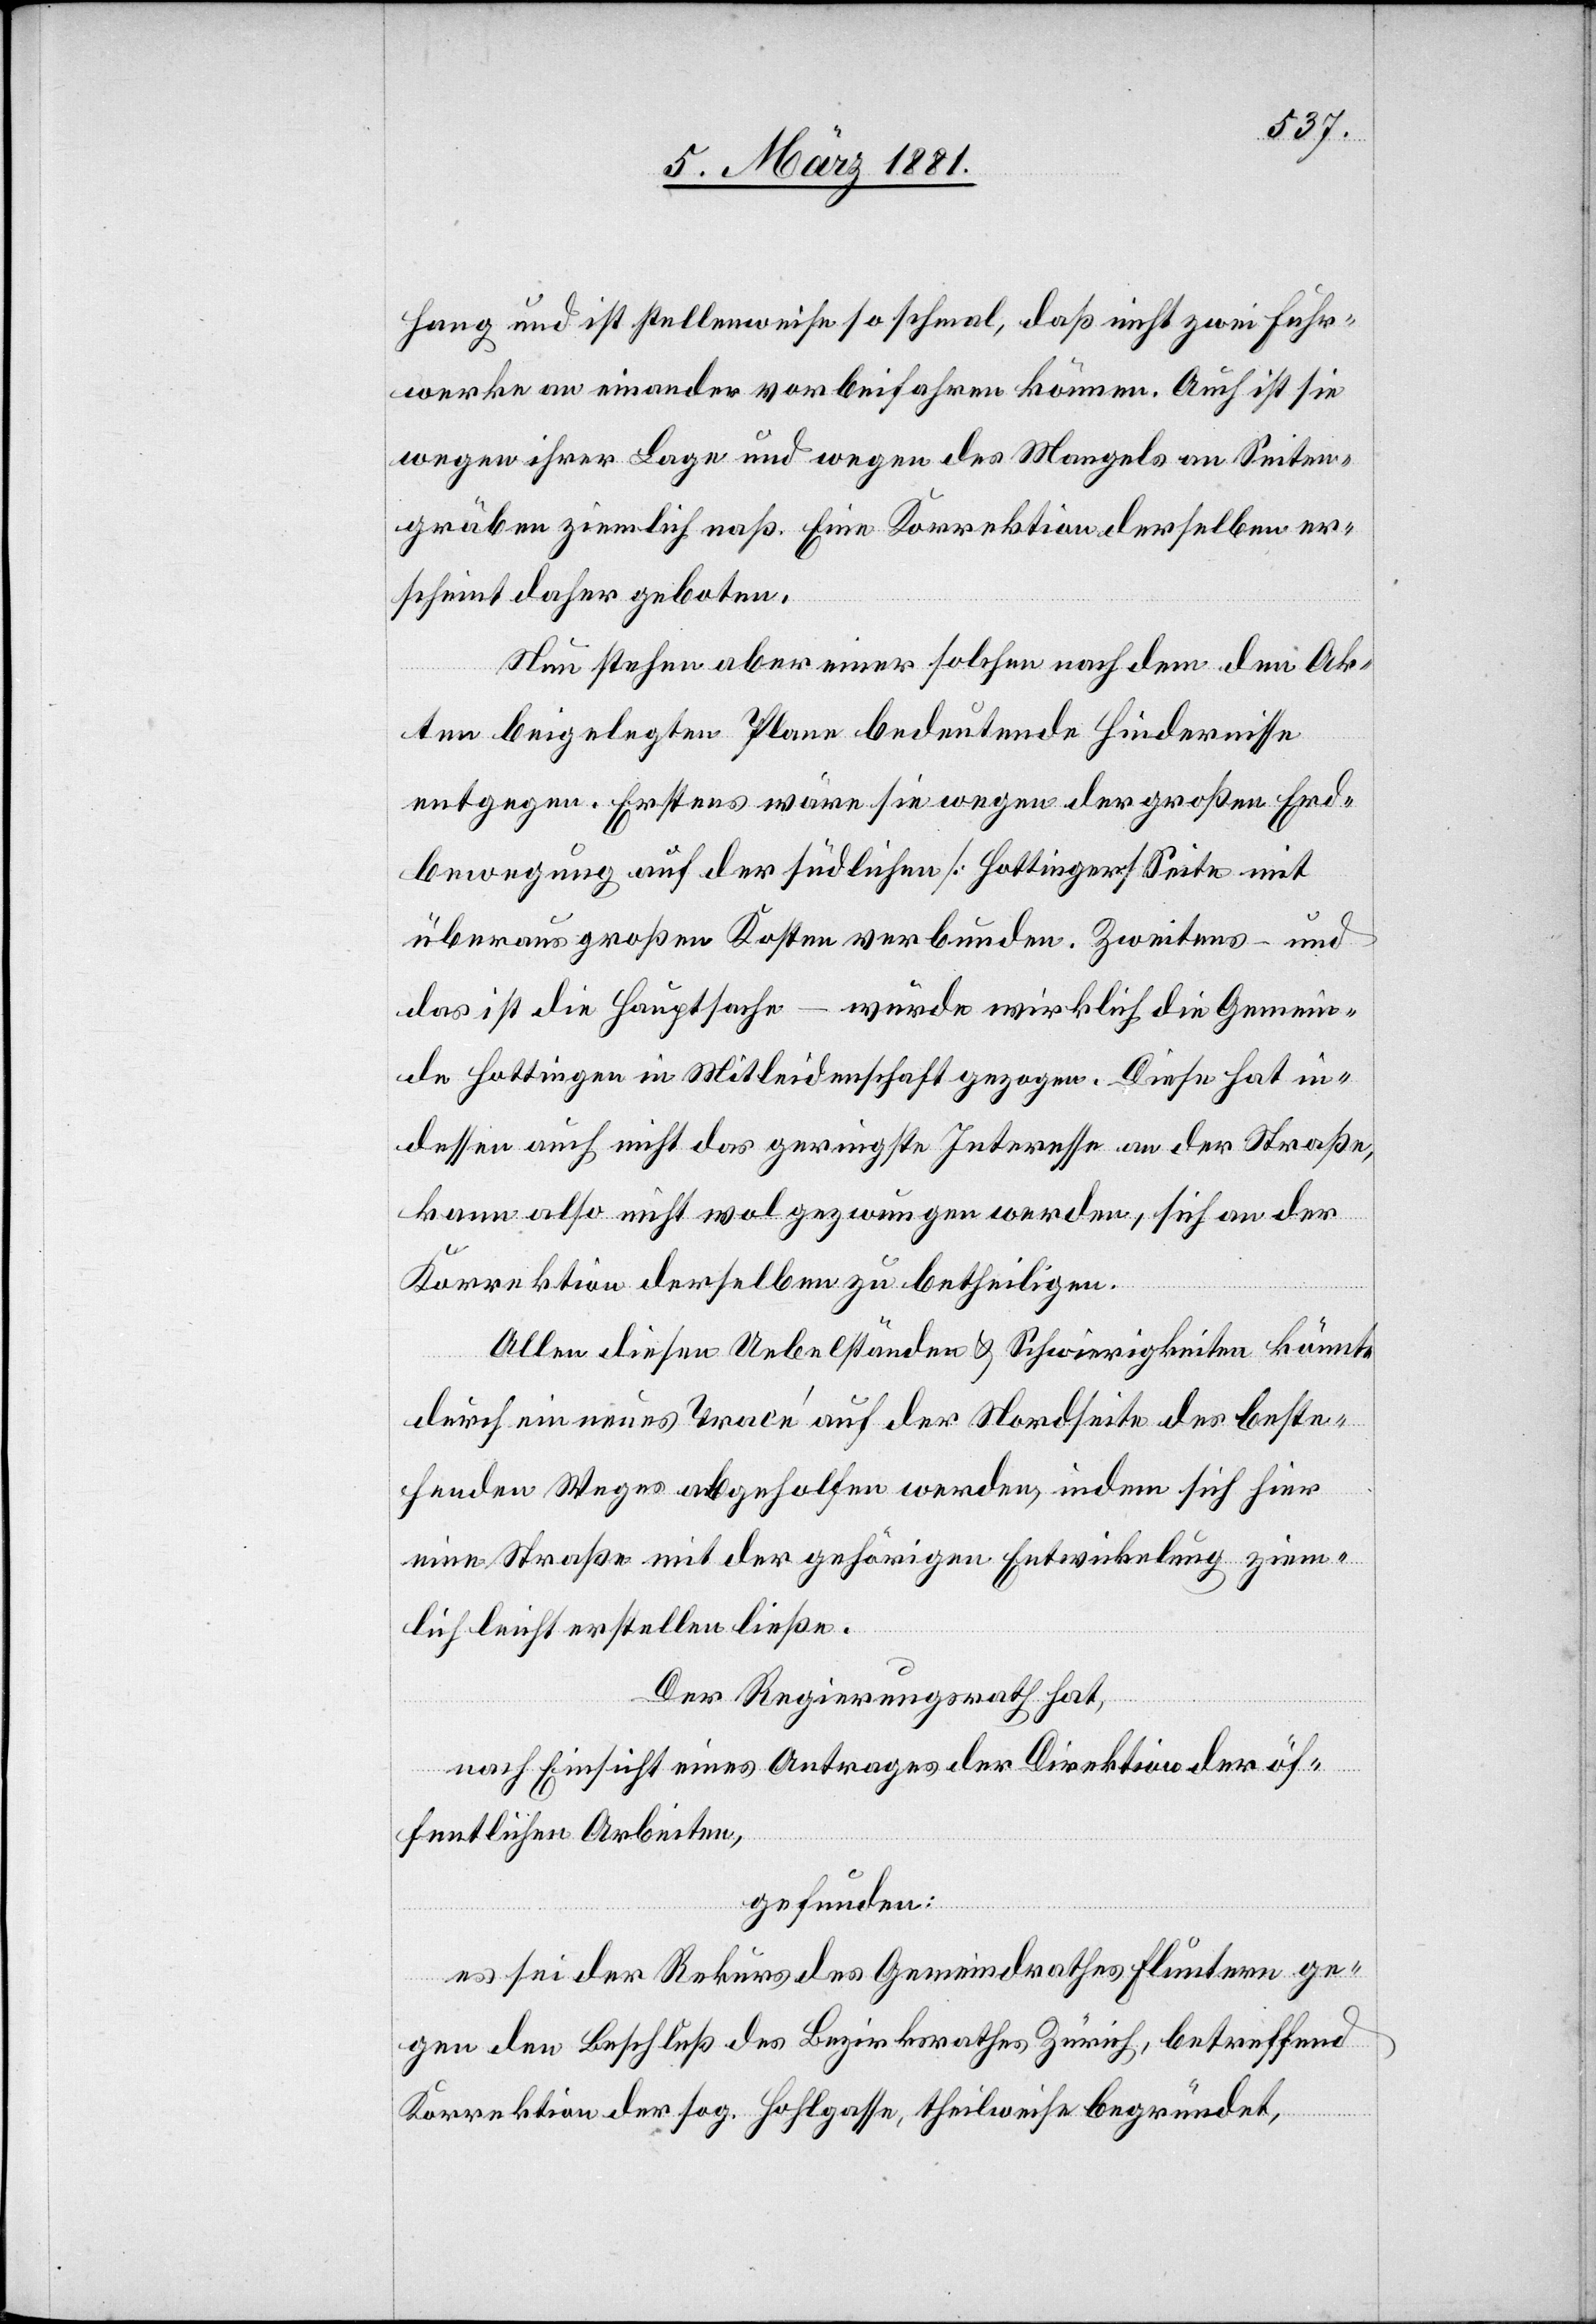
hang und ist stellenweise so schmal, daß nicht zwei Fuhr¬
werke an einander vorbeifahren können. Auch ist sie
wegen ihrer Lage und wegen des Mangels an Seiten¬
gräben ziemlich naß. Eine Korrektion derselben er¬
scheint daher geboten.
Neu stehen aber einer solchen nach dem den Ak¬
ten beigelegten Plane bedeutende Hindernisse
entgegen. Erstens wäre sie wegen der großen Erd¬
bewegung auf der südlichen [Hottinger] Seite mit
überaus großen Kosten verbunden. Zweitens – und
das ist die Hauptsache – würde wirklich die Gemein¬
de Hottingen in Mitleidenschaft gezogen. Diese hat in¬
dessen auch nicht das geringste Interesse an der Straße,
kann also nicht wol gezwungen werden, sich an der
Korrektion derselben zu betheiligen.
Allen diesen Uebelständen & Schwierigkeiten könnte
durch ein neues Tracé auf der Nordseite des beste¬
henden Weges abgeholfen werden, indem sich hier
eine Straße mit der gehörigen Entwickelung ziem¬
lich leicht erstellen ließe.
Der Regierungsrath hat,
nach Einsicht eines Antrages der Direktion der öf¬
fentlichen Arbeiten,
gefunden:
es sei der Rekurs des Gemeindrathes Fluntern ge¬
gen den Beschluß des Bezirksrathes Zürich, betreffend
Korrektion der sog. Hohlgasse, theilweise begründet,